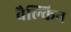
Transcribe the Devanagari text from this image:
बैल्किन